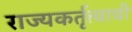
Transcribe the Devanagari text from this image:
राज्यकर्तृत्त्वाची